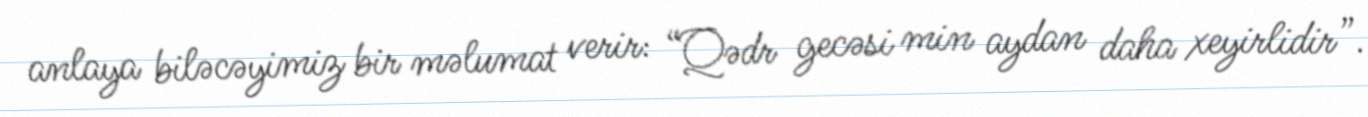
anlaya biləcəyimiz bir məlumat verir: “Qədr gecəsi min aydan daha xeyirlidir”.